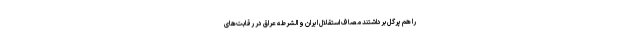
را هم پرگل برداشتند مصاف استقلال ایران و الشرطه عراق در رقابت‌های